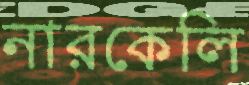
নারকেলি